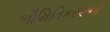
ભૌમિતિકરણનો